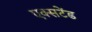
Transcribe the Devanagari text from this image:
एक्सटेंड